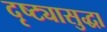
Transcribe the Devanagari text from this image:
दृष्ट्यासुद्धा